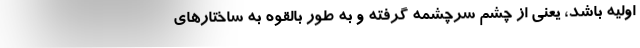
اولیه باشد، یعنی از چشم سرچشمه گرفته و به طور بالقوه به ساختارهای